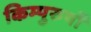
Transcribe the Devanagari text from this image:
किम्पुरुषों